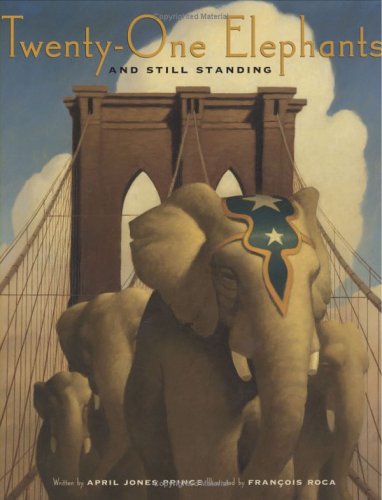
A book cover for Twenty-One Elephants and Still Standing; April Jones Prince; Children's Books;